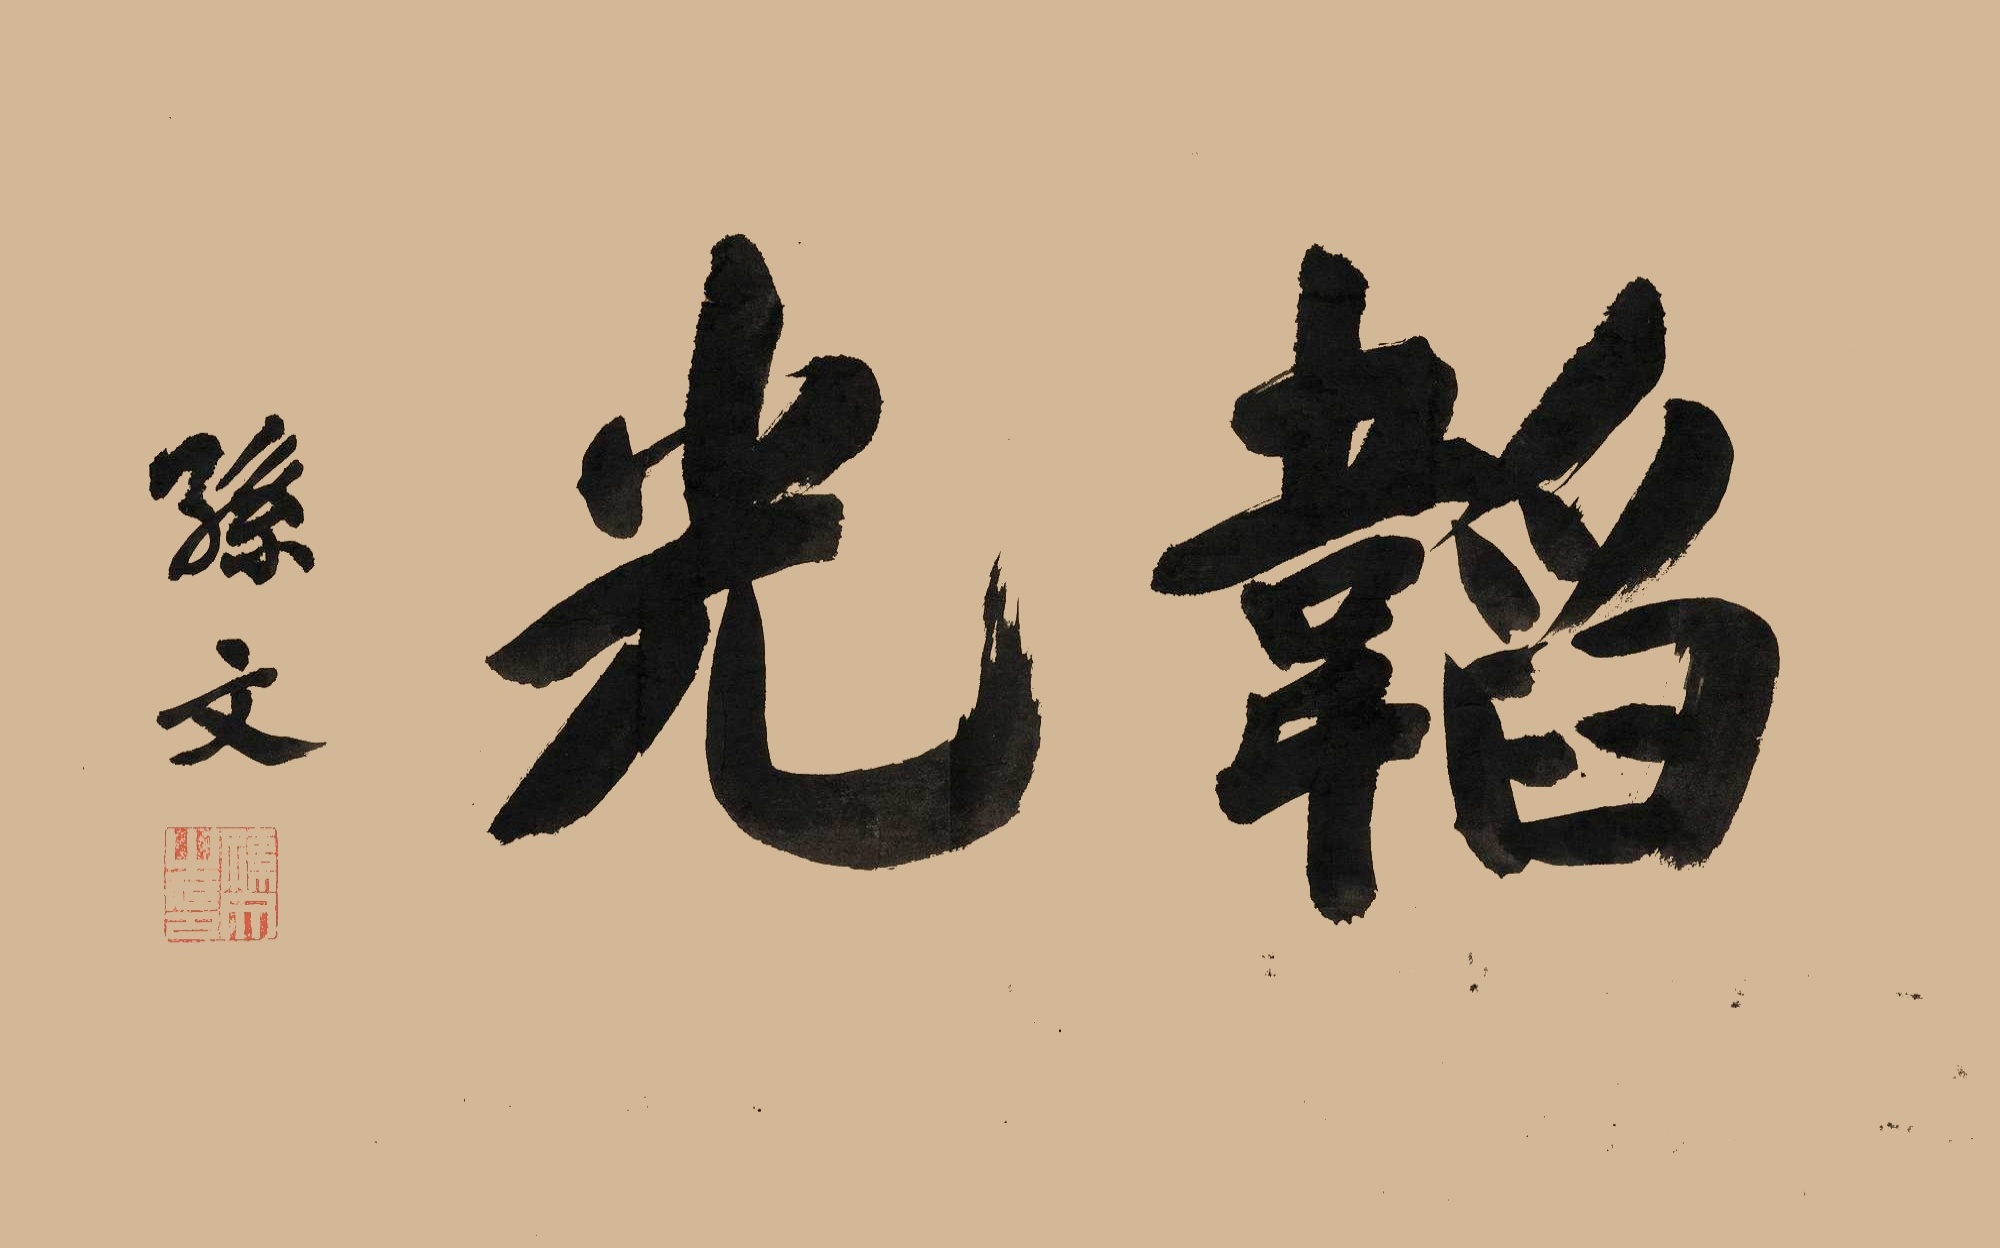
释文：韬光孙文。